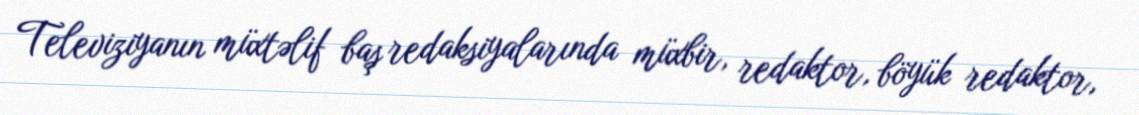
Televiziyanın müxtəlif baş redaksiyalarında müxbir, redaktor, böyük redaktor,